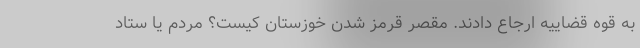
به قوه قضاییه ارجاع دادند. مقصر قرمز شدن خوزستان کیست؟ مردم یا ستاد